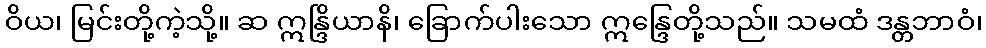
ဝိယ၊ မြင်းတို့ကဲ့သို့။ ဆ ဣန္ဒြိယာနိ၊ ခြောက်ပါးသော ဣန္ဒြေတို့သည်။ သမထံ ဒန္တဘာဝံ၊